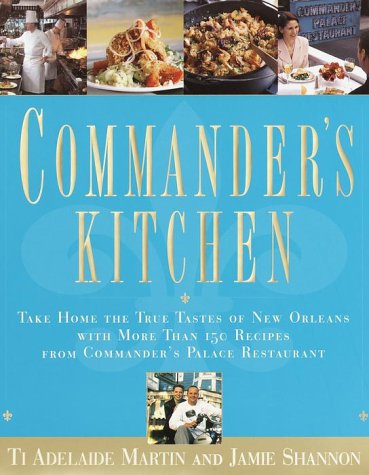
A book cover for Commander's Kitchen: Take Home the True Taste of New Orleans with More Than 150 Recipes from Commander's Palace Restaurant; Ti Adelaide Martin; Cookbooks, Food & Wine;